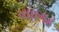
વાધગઢ